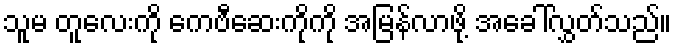
သူမ တူလေးကို ကေဗီဆေးကိုကို အမြန်လာဖို့ အခေါ်လွှတ်သည်။